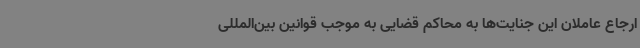
ارجاع عاملان این جنایت‌ها به محاکم قضایی به موجب قوانین بین‌المللی